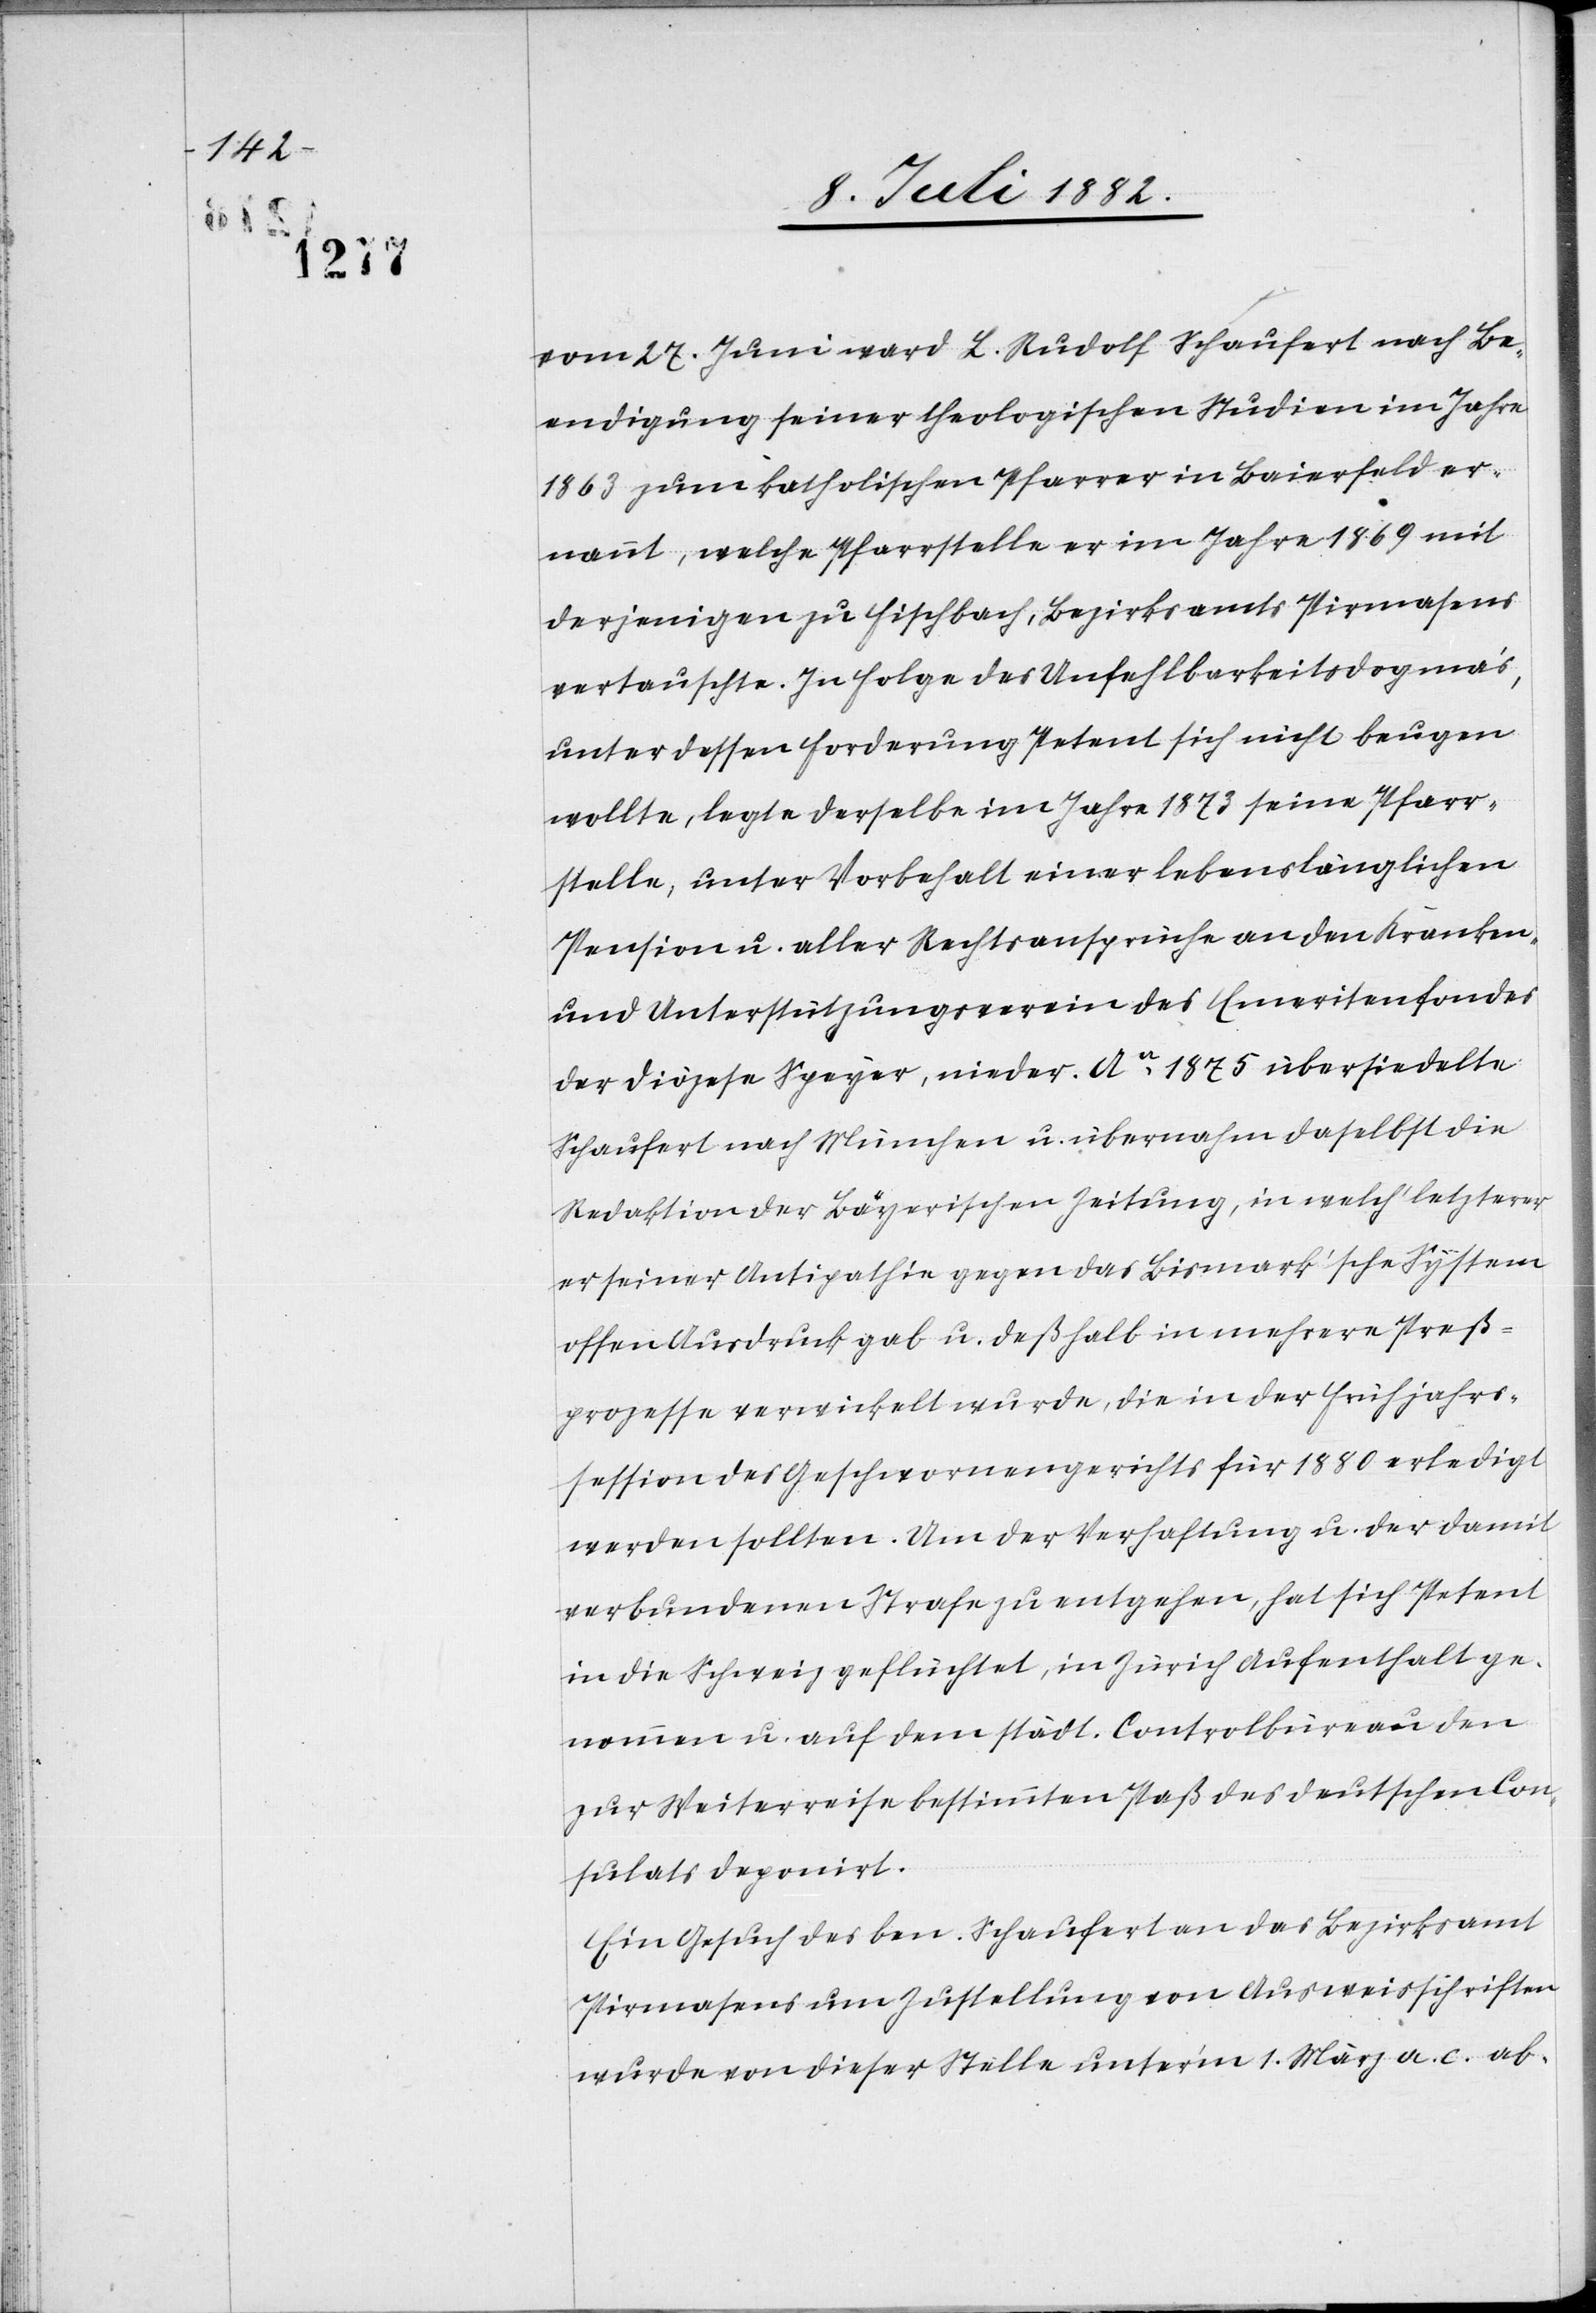
vom 27. Juni ward L. Rudolf Schaufert nach Be¬
endigung seiner theologischen Studien im Jahre
1863 zum katholischen Pfarrer von Baierfeld er¬
nannt, welche Pfarrstelle er im Jahre 1869 mit
derjenigen zu Fischbach, Bezirksamts Pirmasens
vertauschte. In Folge des Unfehlbarkeitsdogma’s,
unter dessen Forderung Petent sich nicht beugen
wollte, legte derselbe im Jahre 1873 seine Pfarr¬
stelle, unter Vorbehalt einer lebenslänglichen
Pension u. aller Rechtsansprüche an den Kranken-
und Unterstützungsverein des Emeritenfondes
der Diözese Speyer, nieder. Ao 1875 übersiedelte
Schaufert nach München u. übernahm daselbst die
Redaktion der Bayerischen Zeitung, in welch‘ letzterer
er seiner Antipathie gegen das Bismark’sche System
offen Ausdruck gab u. deßhalb in mehrere Preß¬
prozesse verwickelt wurde, die in der Frühjahrs¬
session des Geschwornengerichts für 1880 erledigt
werden sollten. Um der Verhaftung u. der damit
verbundenen Strafe zu entgehen, hat sich Petent
in die Schweiz geflüchtet, in Zürich Aufenthalt ge¬
nommen u. auf dem städt. Controlbüreau den
zur Weiterreise bestimmten Paß des deutschen Con¬
sulats deponirt.
Ein Gesuch des ben. Schaufert an das Bezirksamt
Pirmasens um Zustellung von Ausweisschriften
wurde von dieser Stelle unter’m 1. März a. c. ab-